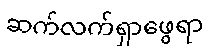
ဆက်လက်ရှာဖွေရာ